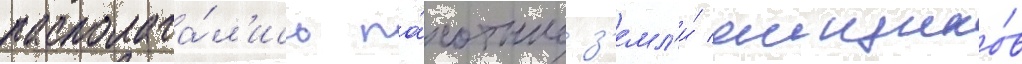
располага́л'ись па́хотные з'емл'и́ ямщико́в